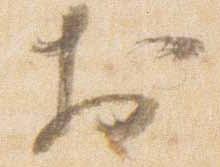
於